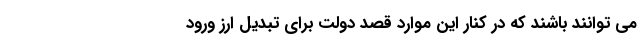
می توانند باشند که در کنار این موارد قصد دولت برای تبدیل ارز ورود